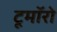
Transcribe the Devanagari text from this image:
टूमॉरो